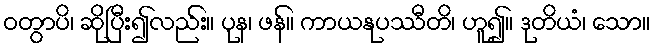
ဝတွာပိ၊ ဆိုပြီး၍လည်း။ ပုန၊ ဖန်။ ကာယနုပဿီတိ၊ ဟူ၍။ ဒုတိယံ၊ သော။